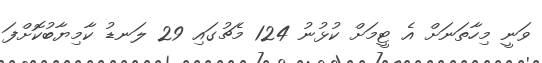
ވަނީ މިހާތަނަށް އެ ޓީމަށް ކުޅުނު 124 މެޗުގައި 29 ލަނޑު ކާމިޔާބުކޮށްފަ